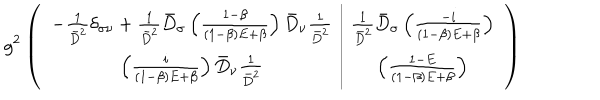
g ^ { 2 } \left( \begin{array} { c | c } { { - \frac { 1 } { \bar { D } ^ { 2 } } \delta _ { \sigma \nu } + \frac { 1 } { \bar { D } ^ { 2 } } \bar { D } _ { \sigma } \left( \frac { 1 - \beta } { ( 1 - \beta ) E + \beta } \right) \bar { D } _ { \nu } \frac { 1 } { \bar { D } ^ { 2 } } } } & { { \frac { 1 } { \bar { D } ^ { 2 } } \bar { D } _ { \sigma } \left( \frac { - i } { ( 1 - \beta ) E + \beta } \right) } } \\ { { \left( \frac { i } { ( 1 - \beta ) E + \beta } \right) \bar { D } _ { \nu } \frac { 1 } { \bar { D } ^ { 2 } } } } & { { \left( \frac { 1 - E } { ( 1 - \beta ) E + \beta } \right) } } \\ \end{array} \right)